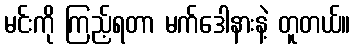
မင်းကို ကြည့်ရတာ မက်ဒေါနားနဲ့ တူတယ်။